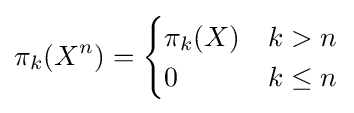
\pi _{k}(X^{n})={\begin{cases}\pi _{k}(X)&k>n\\0&k\leq n\end{cases}}